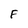
Character: F